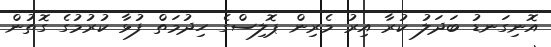
އޮނިގަނޑު ބަދަލު ކުރާ އިރު މެރިން ޕޮލިސްގެ ހިދުމަތް ފުޅާ ކުރުމުގެ ގޮތުން